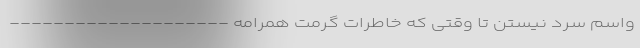
واسم سرد نیستن تا وقتی که خاطرات گرمت همرامه --------------------